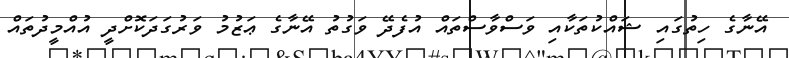
އޭނާގެ ހިތުގައި ޝައްކުތަކާއި ވަސްވާސްތައް އުފެދޭ ވަގުތު އޭނާގެ ޢަޒުމު ވަރުގަދަކޮށްދީ އުއްމީދުތައް